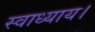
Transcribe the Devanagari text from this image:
स्वाध्याय।